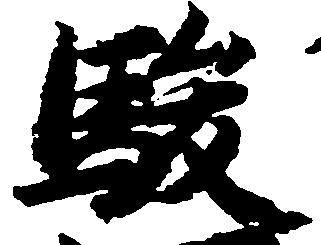
駿